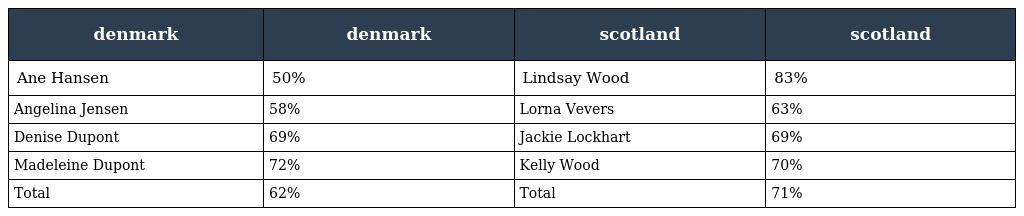
| denmark | denmark | scotland | scotland |
 | --- | --- | --- | --- |
 | Ane Hansen | 50% | Lindsay Wood | 83% |
 | Angelina Jensen | 58% | Lorna Vevers | 63% |
 | Denise Dupont | 69% | Jackie Lockhart | 69% |
 | Madeleine Dupont | 72% | Kelly Wood | 70% |
 | Total | 62% | Total | 71% |